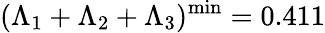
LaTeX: (\Lambda_{1}+\Lambda_{2}+\Lambda_{3})^{\mathrm{min}}=0.411